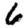
Digit: 6